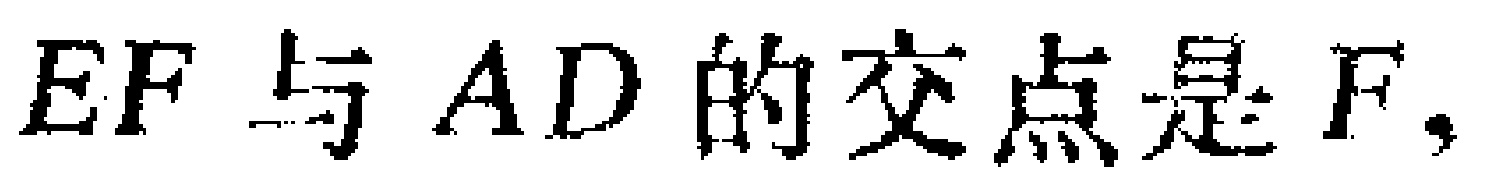
$EF$与$AD$的交点是$F,$